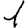
Digit: 1